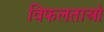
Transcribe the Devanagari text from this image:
विफलताओ